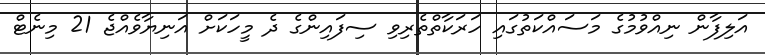
އަލިފާން ނިއްވުމުގެ މަސައްކަތުގައި ހަރަކާތްތެރިވި ސިފައިންގެ ދެ މީހަކަށް އަނިޔާވެއްޖެ 21 މިނެޓް